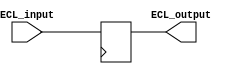
module ECL_buffer (
    input wire ECL_input, // input signal in ECL logic levels
    output reg ECL_output  // output buffered signal in ECL logic levels
);

    // Input stage - level shifting and buffering
    wire input_buffered;
    assign input_buffered = ECL_input; // No level shifting needed for input signal in ECL logic levels

    // Output stage - level shifting and buffering
    always @ (posedge clk) begin
        ECL_output <= input_buffered; // Buffer the input signal to the output
    end

endmodule